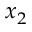
x _ { 2 }